system: You are a helpful assistant.
user:
Analyze the provided spectrum to determine if it is a **Carbon Star (C-type)**.

- **Key Visual Indicators of Carbon Star:**
    - **(Primary):** Strong molecular absorption from **C₂ (diatomic carbon) "Swan Bands."** This is the **defining feature** of a carbon star.
        - **(Key Bandheads):** Sharp absorption edges are visible at approximately $5635$ Å, $5165$ Å (the strongest band), and $4737$ Å.
        - **(Line Profile):** Creates a distinct **"saw-tooth"** pattern. The key morphology is a sharp, steep bandhead on the **red (long-wavelength) side**, which then gradually tapers off (i.e., flux recovers) towards the **blue (short-wavelength) side**. *(This is the direct opposite of the TiO bands seen in M-type stars)*.

    - **(Secondary):** Intense **CN (cyanogen)** molecular absorption bands.
        - **(Key Bandheads):** Located in the blue and violet regions of the spectrum (e.g., near $4215$ Å and $3883$ Å).
        - **(Morphology):** These bands are extremely broad and act as a "blanket," absorbing the vast majority of blue and violet light. This creates a characteristic **"cliff"** or **"steep drop-off"** in the spectrum's flux at short wavelengths.

    - **(Key Confirmation):** Strong **CH absorption band (G-band)**.
        - **(Key Bandhead):** Located around $4300$ Å. The contribution from CH molecules to this band is exceptionally strong.

    - **(Overall Spectrum):**
        - The continuum is severely "chopped up" by these deep molecular bands, especially C₂, rather than appearing as a smooth curve.
        - Due to the heavy CN and C₂ absorption in the blue-green, the vast majority of the star's flux is concentrated in the red part of the spectrum, giving the star its characteristic deep red color.

Think first, call **spectral_visualization_tool** if needed to examine features in detail, then provide your final answer. Your response must adhere to the following strict rules:
1.  **Overall Structure:** Your response must follow the format `<think>...</think> <tool_call>...</tool_call> (if a tool is used) <answer>...</answer>`.
2.  **Tool Usage Constraint:** You may only make **one** tool call per turn.
3.  **Final Answer Format:** In the `<answer>` tag, your conclusion must be inside a `\boxed{}` command (e.g., `\boxed{YES}`), followed by your justification.

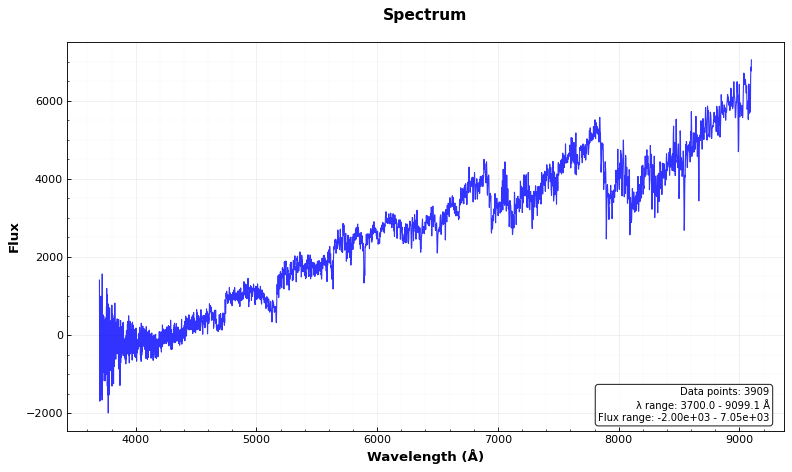
Answer: YES